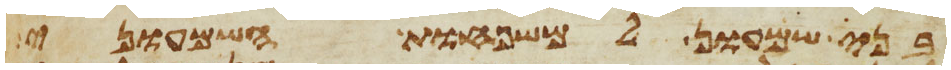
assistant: בני שמעון למשפחות השמעוני